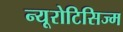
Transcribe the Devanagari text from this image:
न्यूरोटिसिज्म